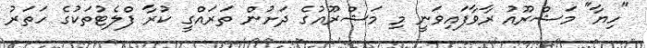
"ހިޔާ" މަޝްރޫއު ރާވާފައިވަނީ މި މަޝްރޫއުގެ ދަށުން ތަަރައްގީ ކުރާ ފްލެޓުތަކުގެ ހަތަރު